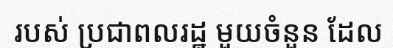
របស់ ប្រជាពលរដ្ឋ មួយចំនួន ដែល